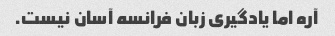
آره اما یادگیری زبان فرانسه آسان نیست.